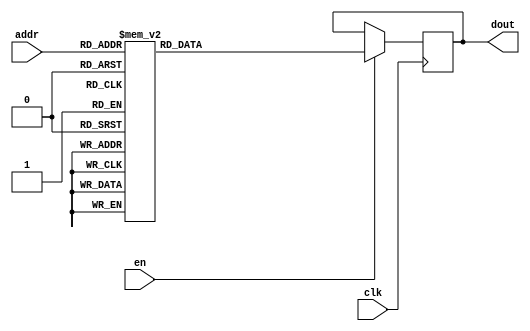
`timescale 1ns / 1ps
/*
Copyright
All right reserved.
Module Name: rom_syn
Author  : Zichuan Liu, Yixing Li and Wenye Liu.
Description:
A synthesized ROM: ROM_DEP x ROM_WID
*/
module EC_2_REF_ROM_3(
// inputs
clk,
en,
addr,
// outputs
dout
);
localparam ROM_WID = 14;
localparam ROM_DEP = 64;
localparam ROM_ADDR = 6;
// input definition
input clk;
input en;
input [ROM_ADDR-1:0] addr;
// output definition
output [ROM_WID-1:0] dout;
reg [ROM_WID-1:0] data;
always @(posedge clk)
begin
if (en) begin
case(addr)
		6'd0: data <= 14'b01001101100101;
		6'd1: data <= 14'b01000111000100;
		6'd2: data <= 14'b01001001011100;
		6'd3: data <= 14'b01001101000110;
		6'd4: data <= 14'b01001100010011;
		6'd5: data <= 14'b01001010111100;
		6'd6: data <= 14'b01001010011000;
		6'd7: data <= 14'b01001100011101;
		6'd8: data <= 14'b01001010101011;
		6'd9: data <= 14'b01001000111111;
		6'd10: data <= 14'b01001011100110;
		6'd11: data <= 14'b01001100101100;
		6'd12: data <= 14'b01001011001000;
		6'd13: data <= 14'b01001010110000;
		6'd14: data <= 14'b01001011000010;
		6'd15: data <= 14'b01001010111001;
		6'd16: data <= 14'b01000100001110;
		6'd17: data <= 14'b01001100111000;
		6'd18: data <= 14'b01001001011100;
		6'd19: data <= 14'b01001100111100;
		6'd20: data <= 14'b01001001010101;
		6'd21: data <= 14'b01000100100010;
		6'd22: data <= 14'b01001000110100;
		6'd23: data <= 14'b01001010110011;
		6'd24: data <= 14'b01001011001101;
		6'd25: data <= 14'b01001101111100;
		6'd26: data <= 14'b01000011111001;
		6'd27: data <= 14'b01001011011110;
		6'd28: data <= 14'b01001001010110;
		6'd29: data <= 14'b01000111100011;
		6'd30: data <= 14'b01001101001101;
		6'd31: data <= 14'b01000010101111;
		6'd32: data <= 14'b00111101100000;
		6'd33: data <= 14'b01001010011000;
		6'd34: data <= 14'b01001100001101;
		6'd35: data <= 14'b01001011010101;
		6'd36: data <= 14'b01001011100100;
		6'd37: data <= 14'b01001010110010;
		6'd38: data <= 14'b01001001110010;
		6'd39: data <= 14'b01001000010101;
		6'd40: data <= 14'b01001011101011;
		6'd41: data <= 14'b01001000000100;
		6'd42: data <= 14'b01001010110101;
		6'd43: data <= 14'b01001010110010;
		6'd44: data <= 14'b01001010111010;
		6'd45: data <= 14'b01001101000000;
		6'd46: data <= 14'b01001010010101;
		6'd47: data <= 14'b01001010011000;
		6'd48: data <= 14'b01001000101100;
		6'd49: data <= 14'b01001000010001;
		6'd50: data <= 14'b01001011011101;
		6'd51: data <= 14'b01001000010100;
		6'd52: data <= 14'b01001100000111;
		6'd53: data <= 14'b01001100110110;
		6'd54: data <= 14'b01001011011001;
		6'd55: data <= 14'b01001001101001;
		6'd56: data <= 14'b01001010100010;
		6'd57: data <= 14'b01001100011101;
		6'd58: data <= 14'b01001010111110;
		6'd59: data <= 14'b01001100011000;
		6'd60: data <= 14'b01001001110111;
		6'd61: data <= 14'b01001010110011;
		6'd62: data <= 14'b01001011011111;
		6'd63: data <= 14'b01001010001111;
		endcase
		end
	end
	assign dout = data;
endmodule